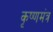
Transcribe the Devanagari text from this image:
कृष्णमंत्र